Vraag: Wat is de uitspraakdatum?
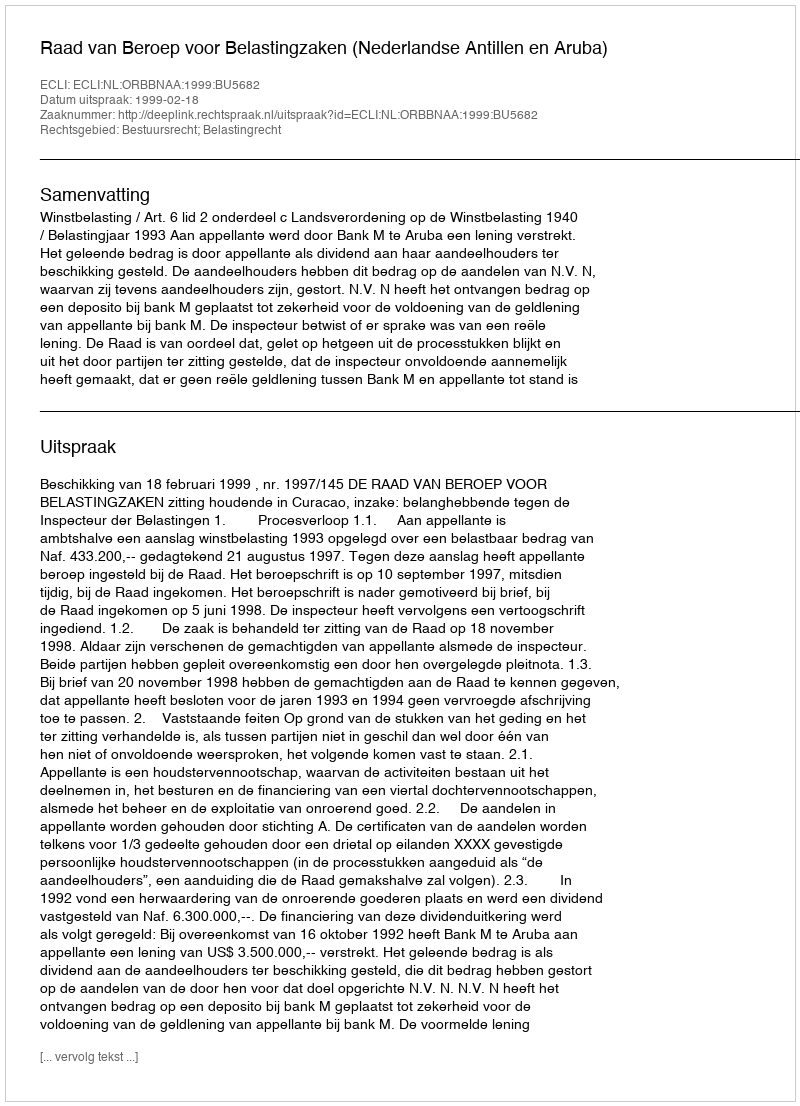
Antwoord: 1999-02-18